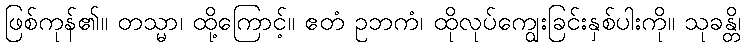
ဖြစ်ကုန်၏။ တသ္မာ၊ ထို့ကြောင့်။ ဧတံ ဥဘကံ၊ ထိုလုပ်ကျွေးခြင်းနှစ်ပါးကို။ သုခန္တိ၊